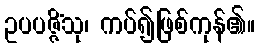
ဥပပဇ္ဇိံသု၊ ကပ်၍ဖြစ်ကုန်၏။